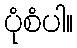
ပုံစံပါ။